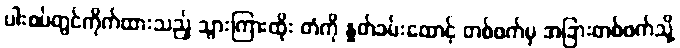
ပါးစပ်တွင်ကိုက်ထားသည့် သွားကြားထိုး တံကို နှုတ်ခမ်းထောင့် တစ်ဖက်မှ အခြားတစ်ဖက်သို့